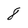
Character: 8